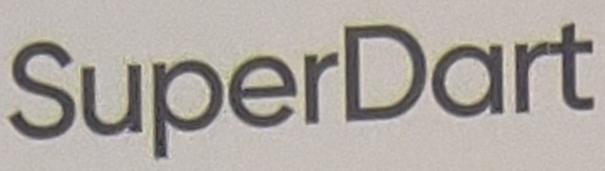
SuperDart